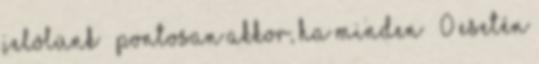
jelölünk – pontosan akkor, ha minden ε 0 esetén